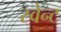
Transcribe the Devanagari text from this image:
स्वेन्ट